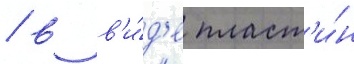
/ в в'и́д'е пласт'и́н